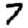
Digit: 7